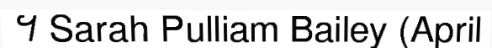
។ Sarah Pulliam Bailey (April